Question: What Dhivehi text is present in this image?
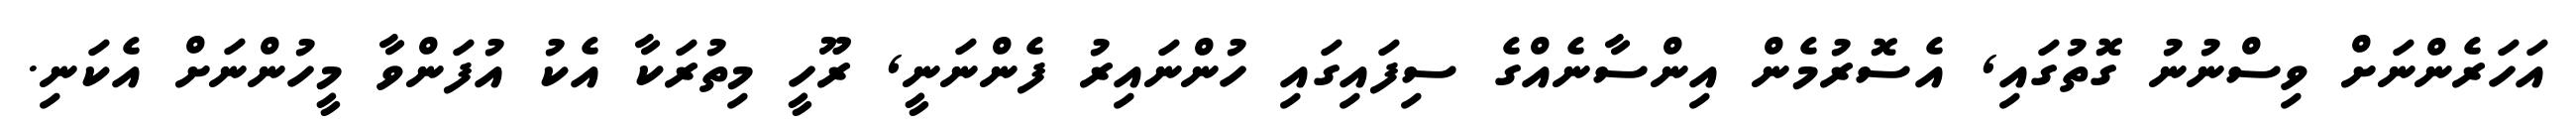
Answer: އަހަރެންނަށް ވިސްނުނު ގޮތުގައި, އެސޮރުމެން އިންސާނެއްގެ ސިފައިގައި ހުންނައިރު ފެންނަނީ, ރޫހީ މިތުރަކާ އެކު އުފަންވާ މީހުންނަށް އެކަނި.